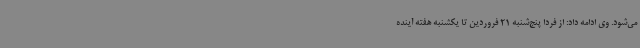
می‌شود. وی ادامه داد: از فردا پنج‌شنبه 21 فروردین تا یکشنبه هفته آینده